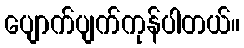
ပျောက်ပျက်ကုန်ပါတယ်။